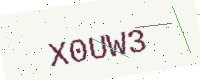
Text: X0UW3